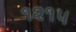
૧૨૧૫